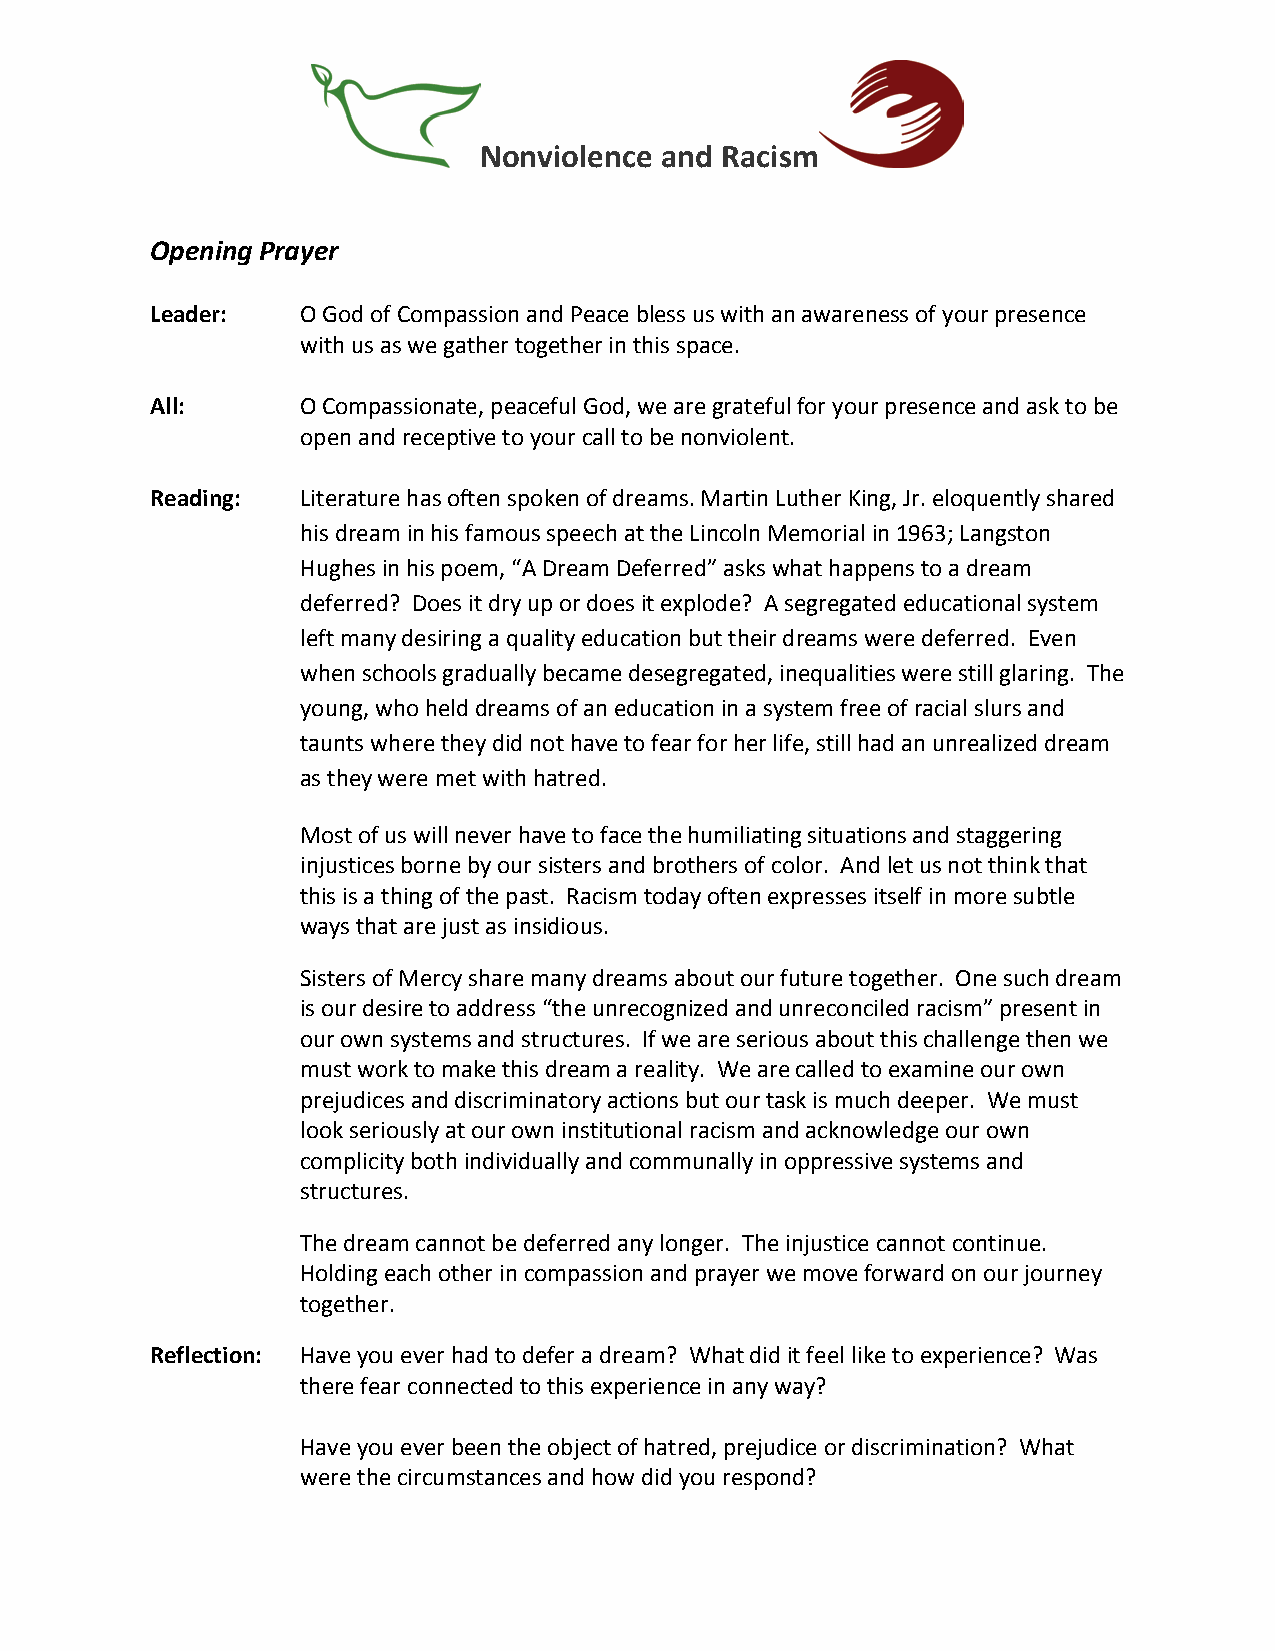
Nonviolence and Racism
 Opening Prayer
 Leader:   O God of Compassion and Peace bless us with an awareness of your presence
 with us as we gather together in this space.
 All:      O Compassionate, peaceful God, we are grateful for your presence and ask to be
 open and receptive to your call to be nonviolent.
 Reading:  Literature has often spoken of dreams. Martin Luther King, Jr. eloquently shared
 his dream in his famous speech at the Lincoln Memorial in 1963; Langston
 Hughes in his poem, “A Dream Deferred” asks what happens to a dream
 deferred? Does it dry up or does it explode? A segregated educational system
 left many desiring a quality education but their dreams were deferred. Even
 when schools gradually became desegregated, inequalities were still glaring. The
 young, who held dreams of an education in a system free of racial slurs and
 taunts where they did not have to fear for her life, still had an unrealized dream
 as they were met with hatred.
 Most of us will never have to face the humiliating situations and staggering
 injustices borne by our sisters and brothers of color. And let us not think that
 this is a thing of the past. Racism today often expresses itself in more subtle
 ways that are just as insidious.
 Sisters of Mercy share many dreams about our future together. One such dream
 is our desire to address “the unrecognized and unreconciled racism” present in
 our own systems and structures. If we are serious about this challenge then we
 must work to make this dream a reality. We are called to examine our own
 prejudices and discriminatory actions but our task is much deeper. We must
 look seriously at our own institutional racism and acknowledge our own
 complicity both individually and communally in oppressive systems and
 structures.
 The dream cannot be deferred any longer. The injustice cannot continue.
 Holding each other in compassion and prayer we move forward on our journey
 together.
 Reflection: Have you ever had to defer a dream? What did it feel like to experience? Was
 there fear connected to this experience in any way?
 Have you ever been the object of hatred, prejudice or discrimination? What
 were the circumstances and how did you respond?